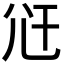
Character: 𭕍